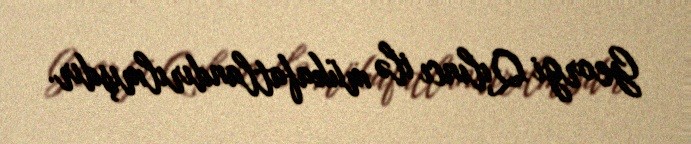
Georgi Qılıncı ilə mükafatlandırılmışdır.